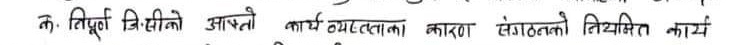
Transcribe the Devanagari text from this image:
क. निपूर्ण जि.सी.को आफ्नो कार्य व्यवस्थाका कारण संगठनको नियमित कार्य